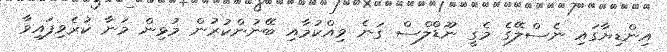
އިންޑިޔާގައި ނެސްލޭގެ މެގީ ނޫޑްލްސް ގަނެ ވިއްކުމާއި ބޭނުންކުރުން މުޅިން މަނާ ކުރެވިފައިވާ